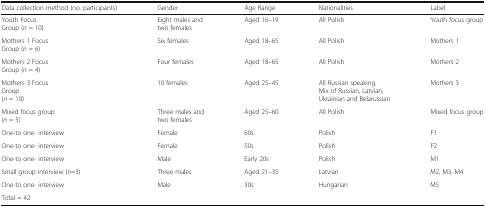
<table><thead><tr><td><b>Data collection method (no. participants)</b></td><td><b>Gender</b></td><td><b>Age Range</b></td><td><b>Nationalities</b></td><td><b>Label</b></td></tr></thead><tbody><tr><td>Youth Focus Group (<i>n</i> = 10)</td><td>Eight males and two females</td><td>Aged 16–19</td><td>All Polish</td><td>Youth focus group</td></tr><tr><td>Mothers 1 Focus Group (<i>n</i> = 6)</td><td>Six females</td><td>Aged 18–65</td><td>All Polish</td><td>Mothers 1</td></tr><tr><td>Mothers 2 Focus Group (<i>n</i> = 4)</td><td>Four females</td><td>Aged 18–65</td><td>All Polish</td><td>Mothers 2</td></tr><tr><td>Mothers 3 Focus Group(<i>n</i> = 10)</td><td>10 females</td><td>Aged 25–45</td><td>All Russian speaking. Mix of Russian, Latvian, Ukrainian and Belarussian</td><td>Mothers 3</td></tr><tr><td>Mixed focus group(<i>n</i> = 5)</td><td>Three males and two females</td><td>Aged 25–60</td><td>All Polish</td><td>Mixed focus group</td></tr><tr><td>One-to one- interview</td><td>Female</td><td>60s</td><td>Polish</td><td>F1</td></tr><tr><td>One-to one- interview</td><td>Female</td><td>50s</td><td>Polish</td><td>F2</td></tr><tr><td>One-to one- interview</td><td>Male</td><td>Early 20s</td><td>Polish</td><td>M1</td></tr><tr><td>Small group interview (n=3)</td><td>Three males</td><td>Aged 21–35</td><td>Latvian</td><td>M2, M3, M4</td></tr><tr><td>One-to one- interview</td><td>Male</td><td>30s</td><td>Hungarian</td><td>M5</td></tr><tr><td>Total = 42</td><td></td><td></td><td></td><td></td></tr></tbody></table>